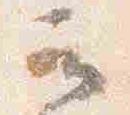
云